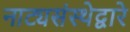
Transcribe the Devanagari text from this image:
नाट्यसंस्थेद्वारे